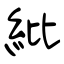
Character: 紕